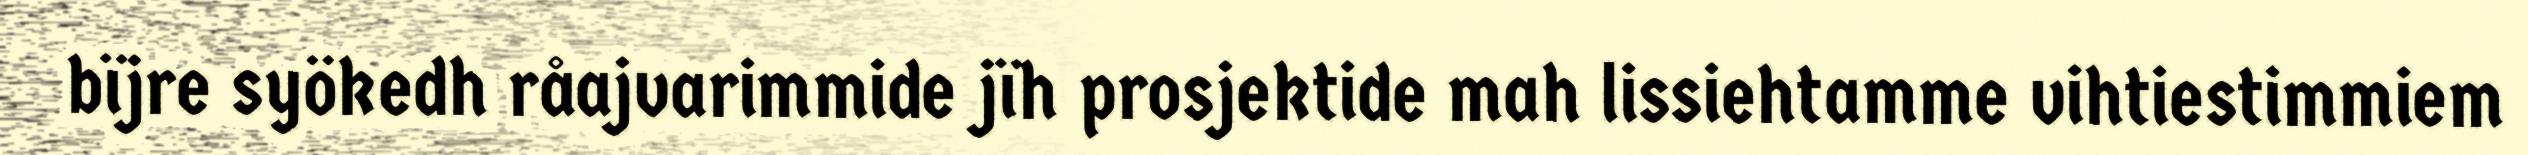
bïjre syökedh råajvarimmide jïh prosjektide mah lissiehtamme vihtiestimmiem